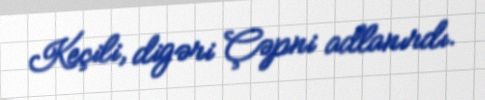
Keçili, digəri Çəpni adlanırdı.